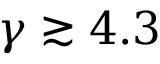
\gamma \gtrsim 4 . 3